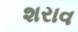
શરાવ